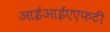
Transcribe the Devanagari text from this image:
आईआईएएफटी